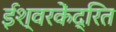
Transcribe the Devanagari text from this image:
ईश्वरकेंद्रित